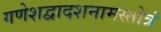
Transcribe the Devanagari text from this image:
गणेशद्वादशनामस्तोत्रं